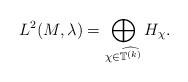
LaTeX: \begin{align*} L^2(M,\lambda)=\bigoplus_{\chi \in \widehat{ {\mathbb T}^{(k)}}} H_\chi. \end{align*}